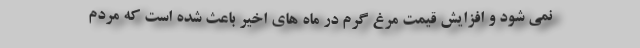
نمی شود و افزایش قیمت مرغ گرم در ماه های اخیر باعث شده است که مردم